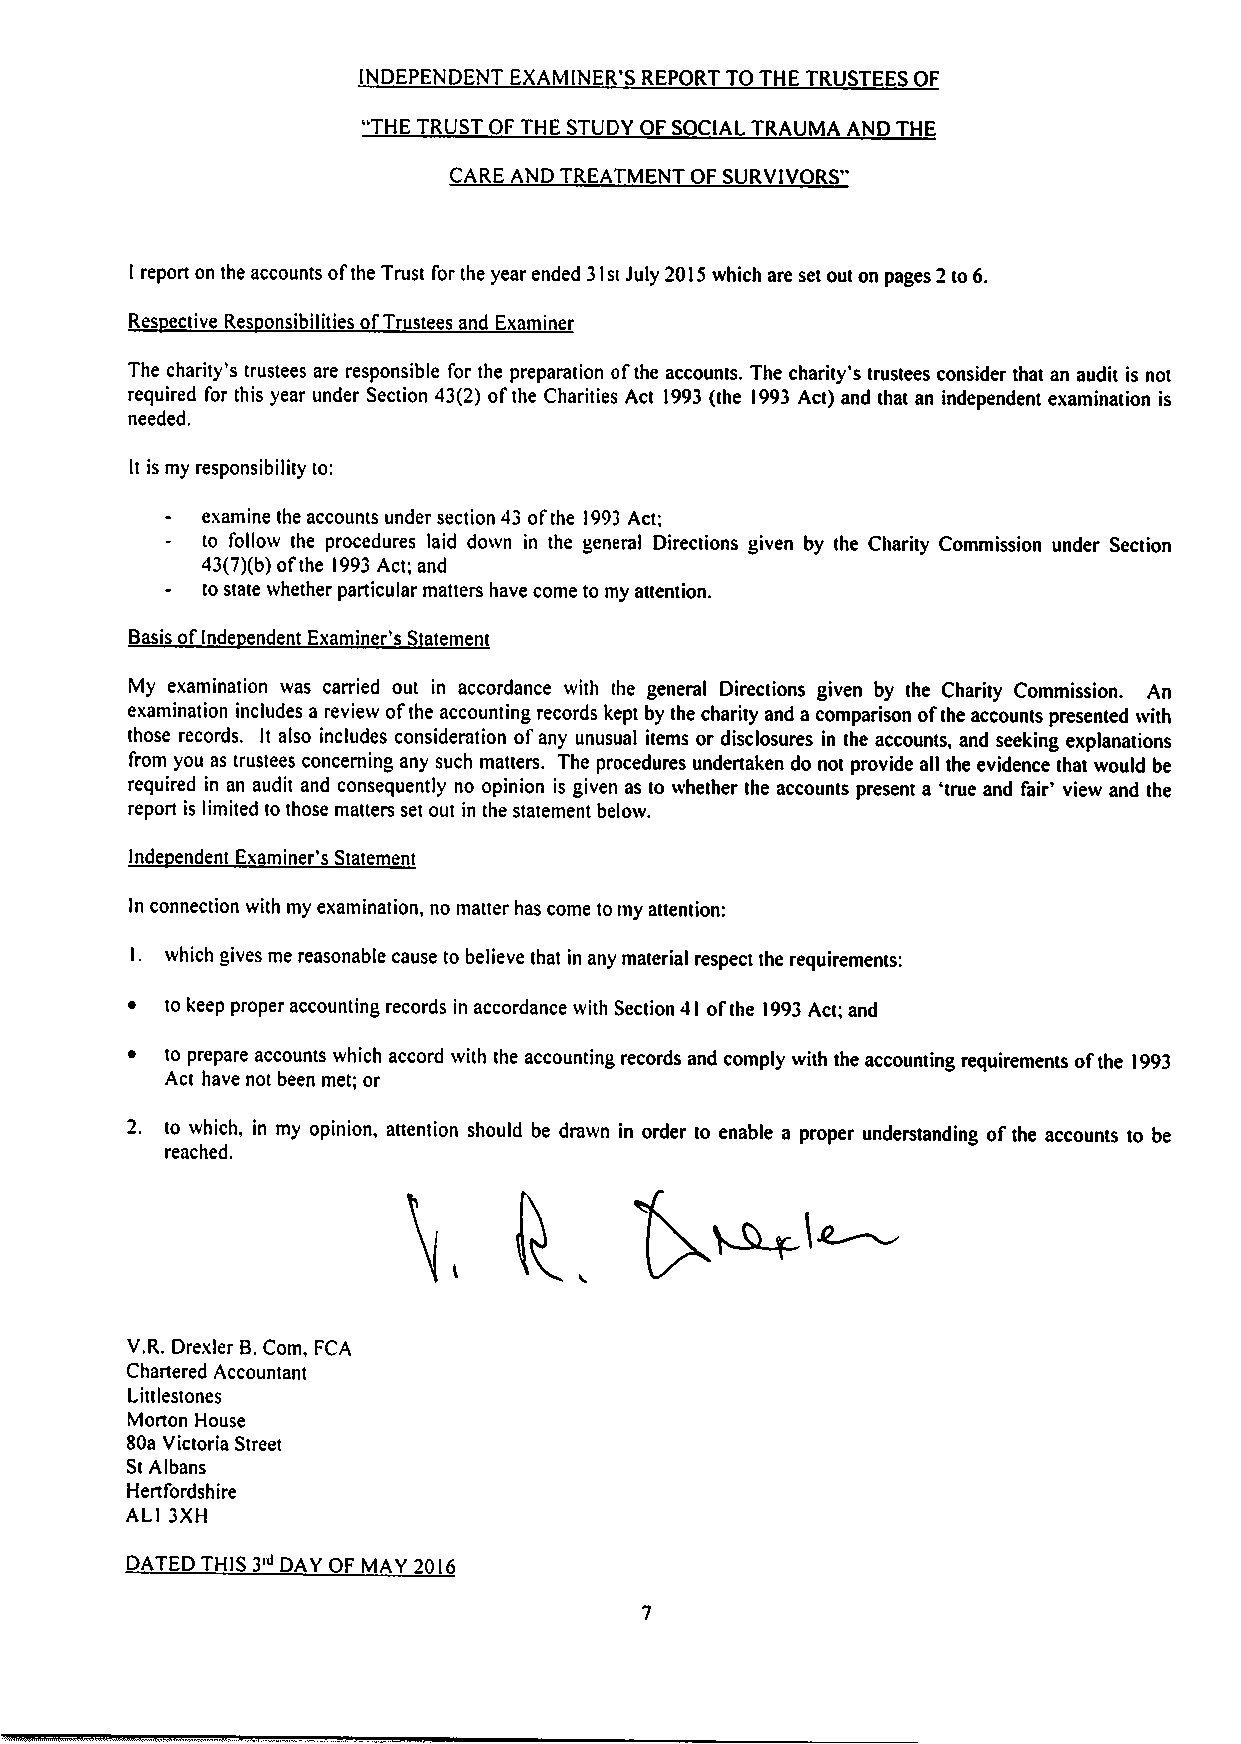
INDEPENDENT EXAMINER'S REPORT TO THE TRUSTEES OF
 "THETRUST OF THE STUDY OF SOCIAL TRAUMA AND THE
 CARE AND TREATMENT OF SURVIVORS"
 I report on the accounts ofthe Trust for the year ended 31stJuly 2015which are set out on pages 2to 6.
 Res ective Res onsibilitiesof Trusteesand Examiner
 The charity's trustees are responsible for the preparation ofthe accounts. The charity's trustees consider that an audit is not
 required for this year under Section 43(2) ofthe Charities Act 1993(the 1993Act) and that an independent examination is
 needed.
 It is my responsibility to:
 examine the accounts under section 43 ofthe 1993Act;
 to follow the procedures laid down in the general Directions given by the Charity Commission under Section
 43(7)(b)ofthe 1993Act; and
 to state whether particular tnatters have come to my attention.
 Basis ofInde endent Examiner's Satement
 My examination was carried out in accordance with the general Directions given by the Charity Commission, An
 examination includes a review ofthe accounting records kept by the charity and a comparison ofthe accounts presented with
 those records. It also includes consideration ofany unusual items or disclosures in the accounts, and seeking explanations
 from you as trustees concerning any such matters. The procedures undertaken do not provide all the evidence that would be
 required in an audit and consequently no opinion is given as to whether the accounts present a 'true and fair' view and the
 report is limited to those matters set out in the statement below.
 Inde endent Examiner's Statement
 In connection with my examination, no matter has come tomy attention:
 l. which gives me reasonable cause to believe that in any tnaterial respect the requirements:
 ~  to keep proper accounting records in accordance with Section 41 ofthe 1993Act; and
 ~  to prepare accounts which accord with the accounting records and comply with the accounting requirements ofthe 1993
 Act have not been met; or
 2. to which, in my opinion, attention should be drawn in order to enable a proper understanding of the accounts to be
 reached.
 V.R.Drexler B.Com, FCA
 Chartered Accountant
 Littlestones
 Morton House
 80a Victoria Street
 StAlbans
 Hertfordshire
 ALI 3XH
 DATED THIS 3' DAY OF MAY 2016